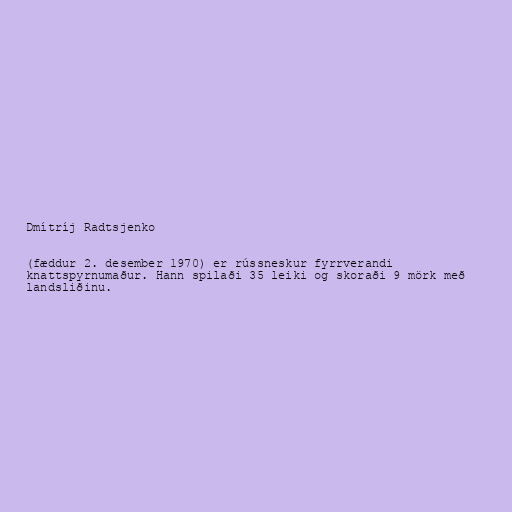
Dmítríj Radtsjenko

(fæddur 2. desember 1970) er rússneskur fyrrverandi
knattspyrnumaður. Hann spilaði 35 leiki og skoraði 9 mörk með
landsliðinu.